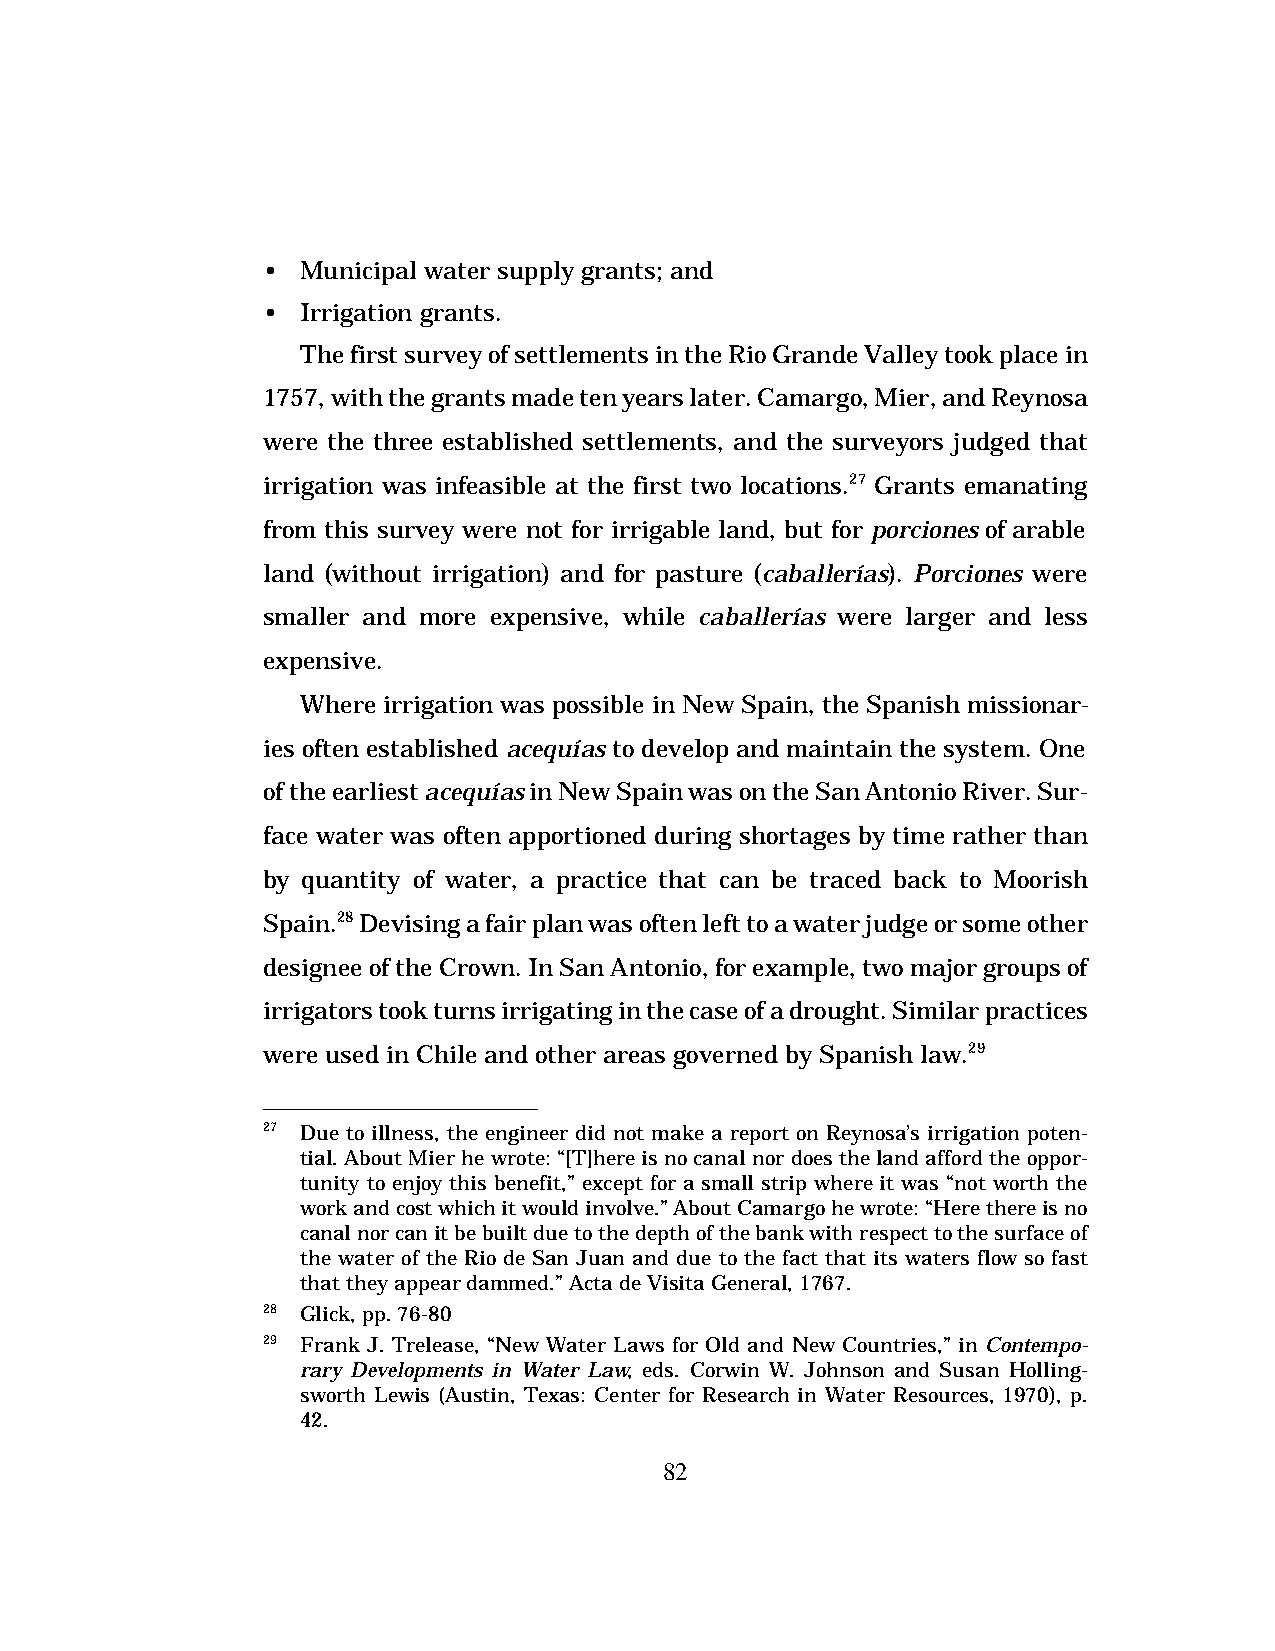
•  Municipal water supply grants; and
 •  Irrigation grants.
 The first survey of settlements in the Rio Grande Valley took place in
 1757, with the grants made ten years later. Camargo, Mier, and Reynosa
 were the three established settlements, and the surveyors judged that
 irrigation was infeasible at the first two locations.27 Grants emanating
 from this survey were not for irrigable land, but for porciones of arable
 land (without irrigation) and for pasture (caballerías). Porciones were
 smaller and more expensive, while caballerías were larger and less
 expensive.
 Where irrigation was possible in New Spain, the Spanish missionar-
 ies often established acequías to develop and maintain the system. One
 of the earliest acequías in New Spain was on the San Antonio River. Sur-
 face water was often apportioned during shortages by time rather than
 by quantity of water, a practice that can be traced back to Moorish
 Spain.28 Devising a fair plan was often left to a water judge or some other
 designee of the Crown. In San Antonio, for example, two major groups of
 irrigators took turns irrigating in the case of a drought. Similar practices
 were used in Chile and other areas governed by Spanish law.29
 27 Due to illness, the engineer did not make a report on Reynosa’s irrigation poten-
 tial. About Mier he wrote: “[T]here is no canal nor does the land afford the oppor-
 tunity to enjoy this benefit,” except for a small strip where it was “not worth the
 work and cost which it would involve.” About Camargo he wrote: “Here there is no
 canal nor can it be built due to the depth of the bank with respect to the surface of
 the water of the Rio de San Juan and due to the fact that its waters flow so fast
 that they appear dammed.” Acta de Visita General, 1767.
 28 Glick, pp. 76-80
 29 Frank J. Trelease, “New Water Laws for Old and New Countries,” in Contempo-
 rary Developments in Water Law, eds. Corwin W. Johnson and Susan Holling-
 sworth Lewis (Austin, Texas: Center for Research in Water Resources, 1970), p.
 42.
 82